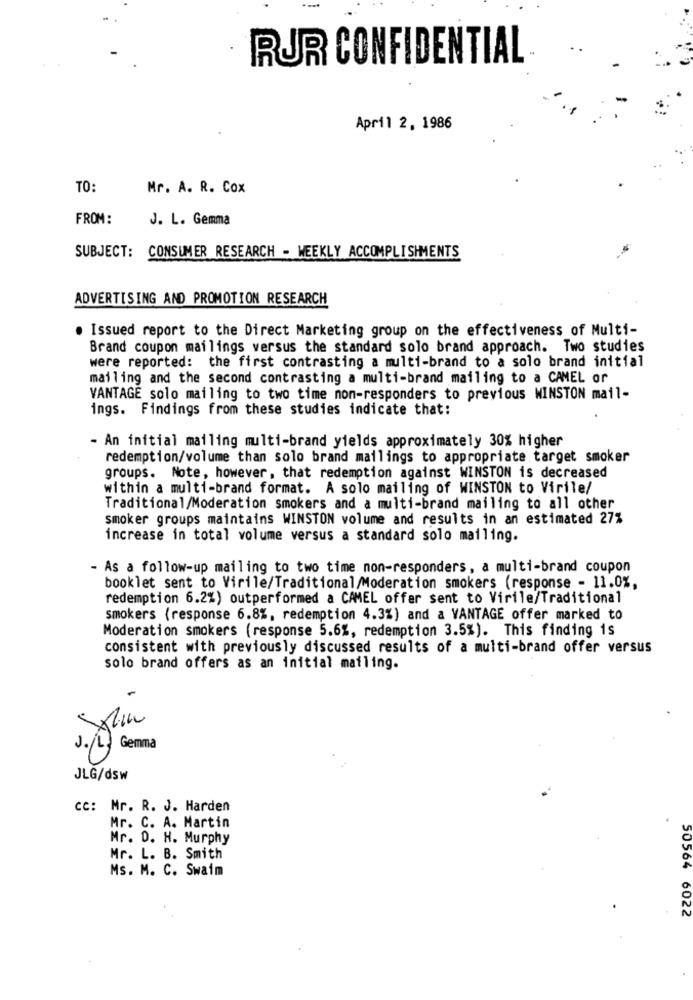
RUR CONFIDENTIAL
April 2, 1986
TO:
Mr. A. R. Cox
FROM:
J. L. Gemma
SUBJECT: CONSUMER RESEARCH - WEEKLY ACCOMPLISHMENTS
ADVERTISING AND PROMOTION RESEARCH
Issued report to the Direct Marketing group on the effectiveness of Multi-
Brand coupon mailings versus the standard solo brand approach. Two studies
were reported: the first contrasting a multi-brand to a solo brand initial
mailing and the second contrasting a multi-brand mailing to a CAMEL or
VANTAGE solo mailing to two time non-responders to previous WINSTON mail-
ings. Findings from these studies indicate that:
- An initial mailing multi-brand yields approximately 30% higher
redemption/volume than solo brand mailings to appropriate target smoker
groups. Note, however, that redemption against WINSTON is decreased
within a multi-brand format. A solo mailing of WINSTON to Virile/
Traditional/Moderation smokers and a multi-brand mailing to all other
smoker groups maintains WINSTON volume and results in an estimated 27%
increase in total volume versus a standard solo mailing.
- As a follow-up mailing to two time non-responders, a multi-brand coupon
booklet sent to Virile/Traditional/Moderation smokers (response - 11.0%,
redemption 6.2%) outperformed a CAMEL offer sent to Virile/Traditional
smokers (response 6.8%, redemption 4.3%) and a VANTAGE offer marked to
Moderation smokers (response 5.6%, redemption 3.5%). This finding is
consistent with previously discussed results of a multi-brand offer versus
solo brand offers as an initial mailing.
Gemma
JLG/dsw
cc: Mr. R. J. Harden
Mr. C. A. Martin
Mr. D. H. Murphy
Mr. L. B. Smith
Ms. M. C. Swaim
50564 6022